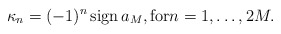
\begin{align*} \kappa_n=(-1)^n\, {\rm sign}\, a_M, {\rm for}n=1,\ldots, 2M. \end{align*}